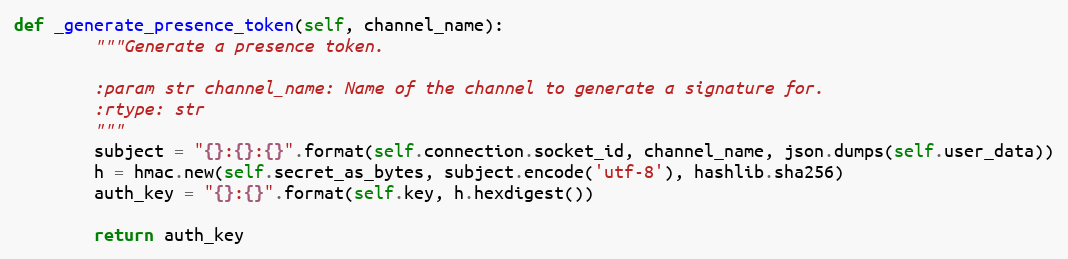
Language: Python
def _generate_presence_token(self, channel_name):
        """Generate a presence token.

        :param str channel_name: Name of the channel to generate a signature for.
        :rtype: str
        """
        subject = "{}:{}:{}".format(self.connection.socket_id, channel_name, json.dumps(self.user_data))
        h = hmac.new(self.secret_as_bytes, subject.encode('utf-8'), hashlib.sha256)
        auth_key = "{}:{}".format(self.key, h.hexdigest())

        return auth_key